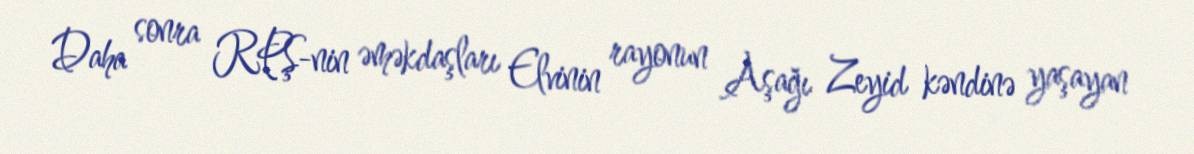
Daha sonra RPŞ-nin əməkdaşları Elvinin rayonun Aşağı Zeyid kəndinə yaşayan